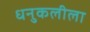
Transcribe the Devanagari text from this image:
धनुकलीला